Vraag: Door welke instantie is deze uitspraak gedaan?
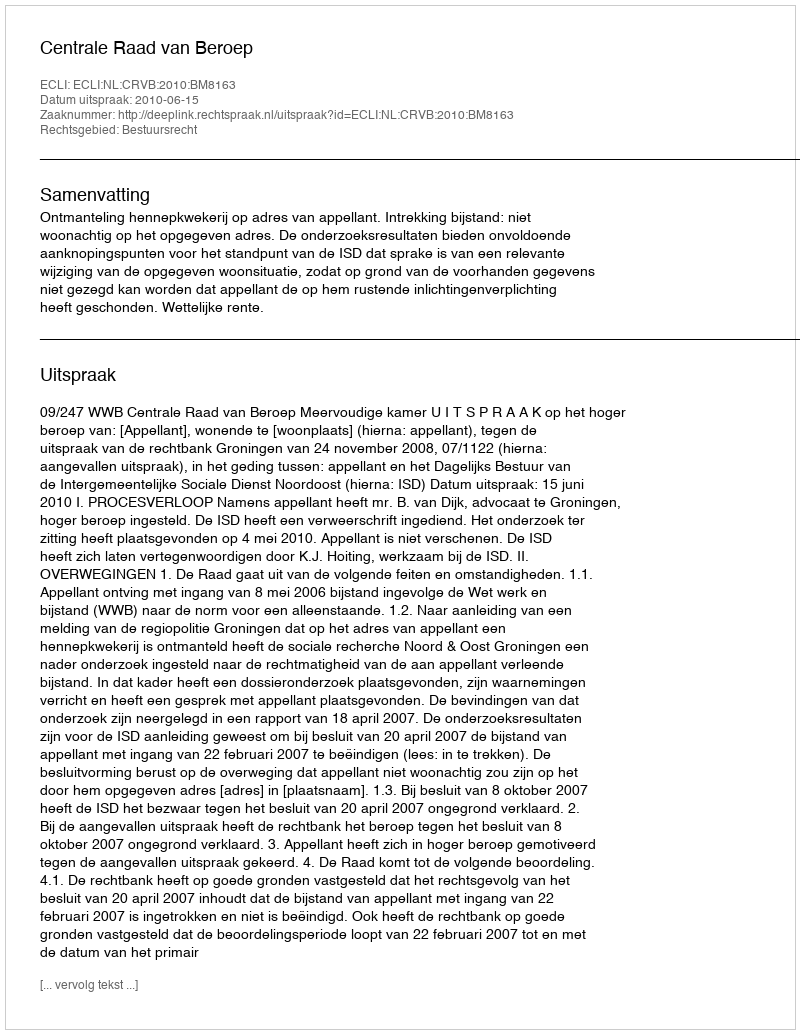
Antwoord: Centrale Raad van Beroep